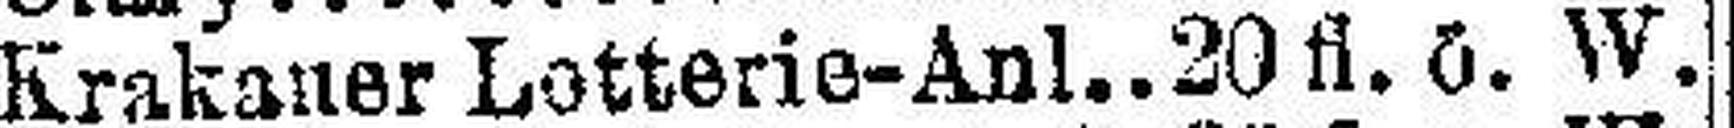
Krakauer Lotterie-Anl. 20 fl. ö. W.